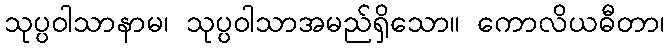
သုပ္ပဝါသာနာမ၊ သုပ္ပဝါသာအမည်ရှိသော။ ကောလိယဓီတာ၊